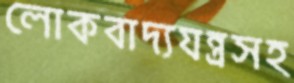
লোকবাদ্যযন্ত্রসহ